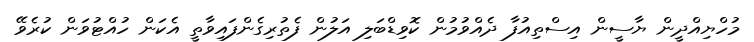
މުހްޔިއްދީން ޔާސީން އިސްތިއުފާ ދެއްވުމުން ކޮވިޑްބަލި އަލުން ފެތުރިގެންފައިވާތީ އެކަން ހުއްޓުވަން ކުރެވޭ